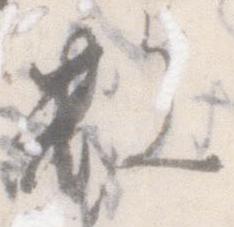
数